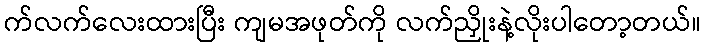
က်လက်လေးထားပြီး ကျမအဖုတ်ကို လက်ညှိုးနဲ့လိုးပါတော့တယ်။